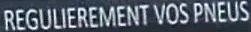
REGULIEREMENT VOS PNEUS